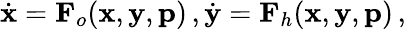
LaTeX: \begin{array}{r}{\dot{\mathbf{x}}=\mathbf{F}_{o}(\mathbf{x},\mathbf{y},\mathbf{p})\, ,\dot{\mathbf{y}}=\mathbf{F}_{h}(\mathbf{x},\mathbf{y},\mathbf{p})\, ,}\end{array}